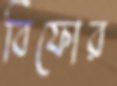
বিফোর